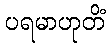
ပရမာဟုတိံ